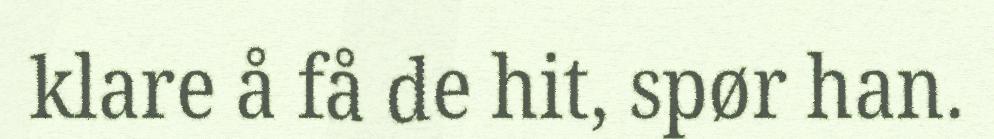
klare å få de hit, spør han.